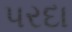
પરદા